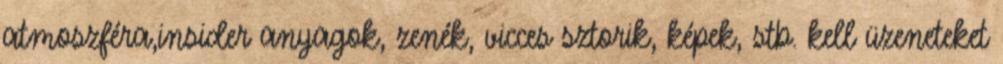
atmoszféra,insider anyagok, zenék, vicces sztorik, képek, stb. kell üzeneteket